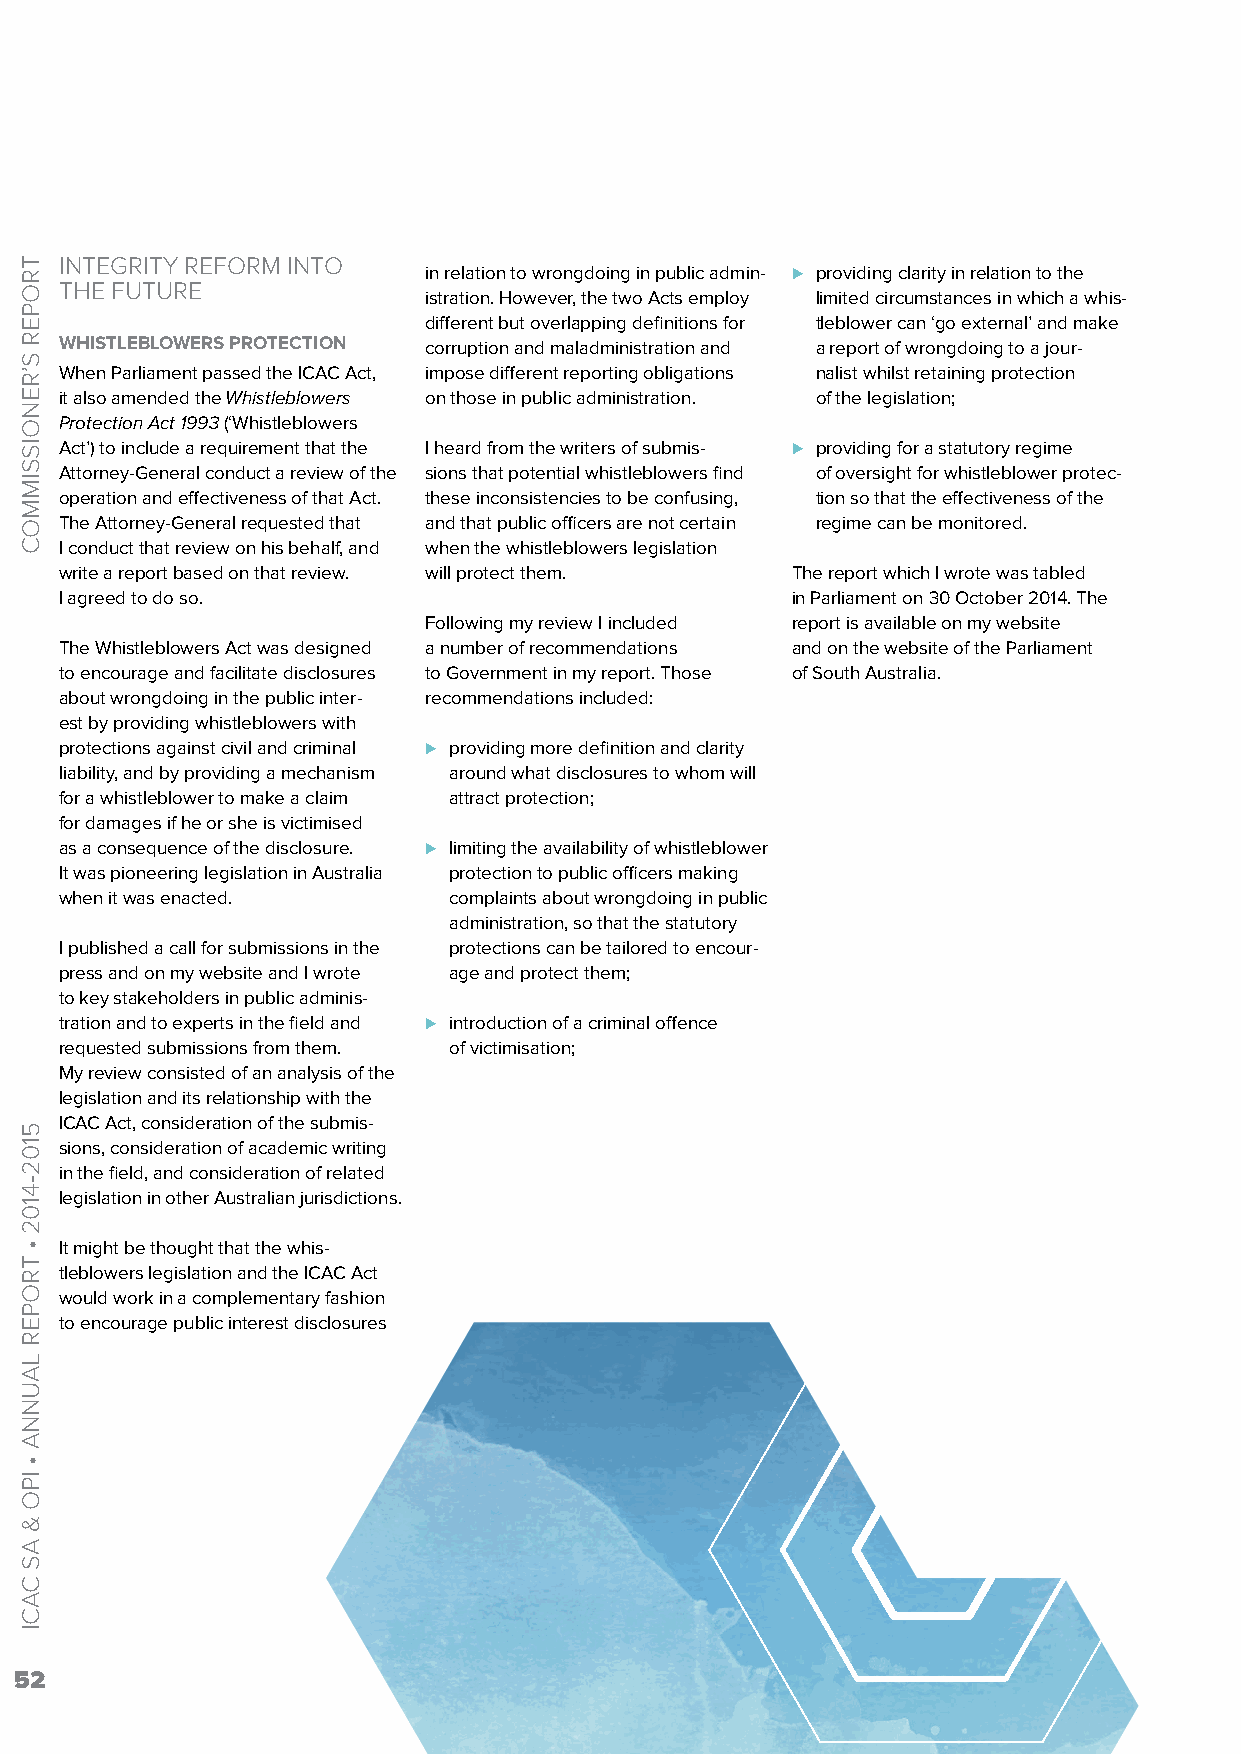
INTEGRITY REFORM INTO
 in relation to wrongdoing in public admin- ⊲ providing clarity in relation to the
 THE FUTURE
 istration. However, the two Acts employ limited circumstances in which a whis-
 different but overlapping definitions for tleblower can ‘go external’ and make
 WHISTLEBLOWERS PROTECTION corruption and maladministration and a report of wrongdoing to a jour-
 When Parliament passed the ICAC Act, impose different reporting obligations nalist whilst retaining protection
 it also amended the Whistleblowers on those in public administration. of the legislation;
 Protection Act 1993 (‘Whistleblowers
 Act’) to include a requirement that the I heard from the writers of submis- ⊲ providing for a statutory regime
 Attorney-General conduct a review of the sions that potential whistleblowers find of oversight for whistleblower protec-
 operation and effectiveness of that Act. these inconsistencies to be confusing, tion so that the effectiveness of the
 The Attorney-General requested that and that public officers are not certain regime can be monitored.
 I conduct that review on his behalf, and when the whistleblowers legislation
 write a report based on that review. will protect them. The report which I wrote was tabled
 I agreed to do so.                              in Parliament on 30 October 2014. The
 Following my review I included report is available on my website
 The Whistleblowers Act was designed a number of recommendations and on the website of the Parliament
 to encourage and facilitate disclosures to Government in my report. Those of South Australia.
 about wrongdoing in the public inter- recommendations included:
 est by providing whistleblowers with
 protections against civil and criminal ⊲ providing more definition and clarity
 liability, and by providing a mechanism around what disclosures to whom will
 for a whistleblower to make a claim attract protection;
 for damages if he or she is victimised
 as a consequence of the disclosure. ⊲ limiting the availability of whistleblower
 It was pioneering legislation in Australia protection to public officers making
 when it was enacted.      complaints about wrongdoing in public
 administration, so that the statutory
 I published a call for submissions in the protections can be tailored to encour-
 press and on my website and I wrote age and protect them;
 to key stakeholders in public adminis-
 tration and to experts in the field and ⊲ introduction of a criminal offence
 requested submissions from them. of victimisation;
 My review consisted of an analysis of the
 legislation and its relationship with the
 ICAC Act, consideration of the submis-
 sions, consideration of academic writing
 in the field, and consideration of related
 legislation in other Australian jurisdictions.
 It might be thought that the whis-
 tleblowers legislation and the ICAC Act
 would work in a complementary fashion
 to encourage public interest disclosures
 52
 TROPER
 S’RENOISSIMMOC
 5102-4102
 •
 TROPER
 LAUNNA
 •
 IPO
 &
 AS
 CACI